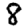
Digit: 8